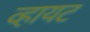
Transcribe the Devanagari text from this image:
व्हायट